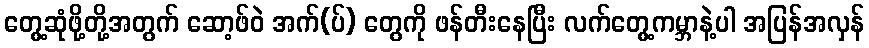
တွေ့ဆုံဖို့တို့အတွက် ဆော့ဖ်ဝဲ အက်(ပ်) တွေကို ဖန်တီးနေပြီး လက်တွေ့ကမ္ဘာနဲ့ပါ အပြန်အလှန်